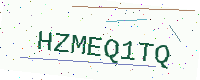
Text: HZMEQ1TQ